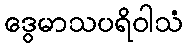
ဒွေမာသပရိဝါသံ